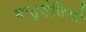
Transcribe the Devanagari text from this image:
मातृदेवियों